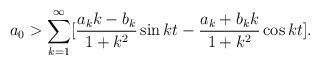
LaTeX: \begin{align*}a_0 > \sum \limits _{k=1}^{ \infty } [\frac{a_k k - b_k}{1+k^2} \sin{k t}- \frac{a_k + b_k k}{1+k^2} \cos{k t}]. \end{align*}